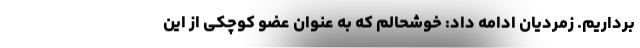
برداریم. زمردیان ادامه داد: خوشحالم که به عنوان عضو کوچکی از این